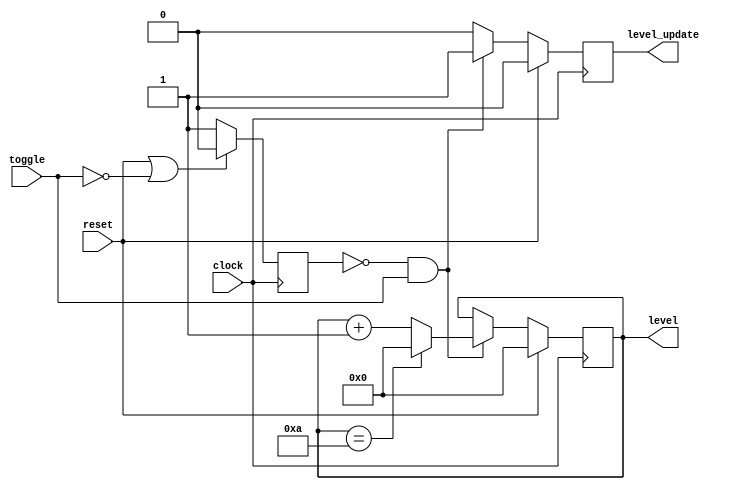
module levels_state_machine(
    clock,
    reset,
    toggle,
    level,
    level_update
);

    input wire clock;
    input wire reset;
    input wire toggle;
    parameter DEFAULT_LEVEL = 4'd0;
    parameter MAX_LEVEL = 4'd10;
    output reg [3:0] level = DEFAULT_LEVEL;
    output reg level_update = 1'b0;

    parameter TOGGLE_LOW = 1'b0;
    parameter TOGGLE_HIGH = 1'b1;
    reg state = TOGGLE_LOW;

    always @(posedge clock) begin
        state <= (reset | ~toggle) ? TOGGLE_LOW : TOGGLE_HIGH;
        if(reset) begin
            level_update <= 1'b0;
            level <= 4'd0;
        end
        else if(state == TOGGLE_LOW && toggle) begin
            level_update <= 1'b1;
            level <= (level == MAX_LEVEL) ? 4'd0 : (level+4'd1);
        end
        else begin
            level_update <= 1'b0;
            level <= level;
        end
    end
endmodule